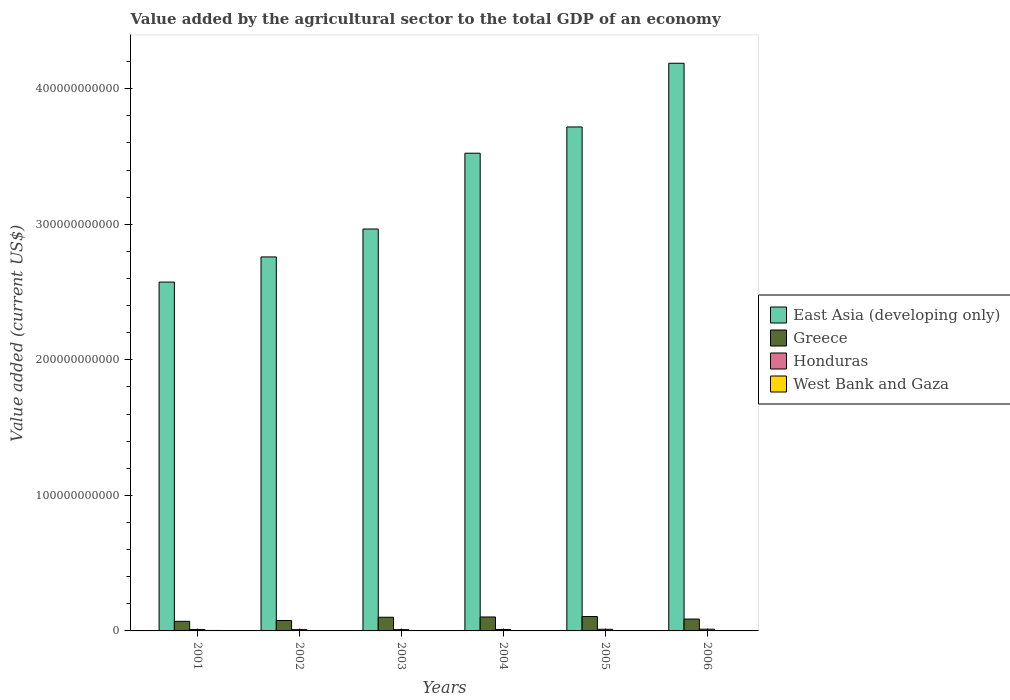
| Years | East Asia (developing only) | Greece | Honduras | West Bank and Gaza |
 | --- | --- | --- | --- | --- |
 | 2001 | 2.57e+11 | 7.09e+09 | 9.96e+08 | 3.4e+08 |
 | 2002 | 2.76e+11 | 7.67e+09 | 9.47e+08 | 2.86e+08 |
 | 2003 | 2.97e+11 | 1.01e+10 | 9.45e+08 | 2.76e+08 |
 | 2004 | 3.52e+11 | 1.03e+10 | 1.07e+09 | 3e+08 |
 | 2005 | 3.72e+11 | 1.06e+10 | 1.21e+09 | 2.53e+08 |
 | 2006 | 4.19e+11 | 8.75e+09 | 1.29e+09 | 2.68e+08 |